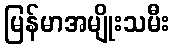
မြန်မာအမျိုးသမီး